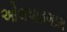
ઓલપાડગામ